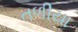
તળીયા